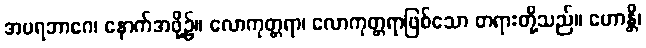
အပရဘာဂေ၊ နောက်အဖို့၌။ လောကုတ္တရာ၊ လောကုတ္တရာဖြစ်သော တရားတို့သည်။ ဟောန္တိ၊